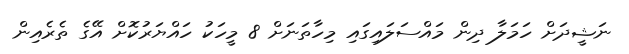
ނަޝީދަށް ހަމަލާ ދިން މައްސަލައިގައި މިހާތަނަށް 8 މީހަކު ހައްޔަރުކޮށް އޭގެ ތެރެއިން